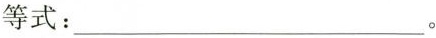
等式：___。